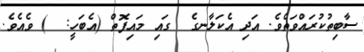
ސާބިތުކުރައްވަތެވެ. އަދި އެކަލާނގެ  ގައި މައިފޮތް (އެބަހީ:  ) ވެއެވެ.